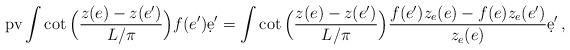
LaTeX: \begin{align*} {\rm pv}\int \cot\Big(\frac{z(e)-z(e')}{L/\pi}\Big) f(e')\d e' = \int \cot\Big(\frac{z(e)-z(e')}{L/\pi}\Big) \frac{ f(e')z_{e}(e)-f(e)z_{e}(e') }{z_{e}(e)} \d e' \, ,\end{align*}